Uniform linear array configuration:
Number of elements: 48
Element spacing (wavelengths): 1
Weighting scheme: uniform
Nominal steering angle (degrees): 15
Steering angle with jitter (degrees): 14.091
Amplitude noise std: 0.05
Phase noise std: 0.05

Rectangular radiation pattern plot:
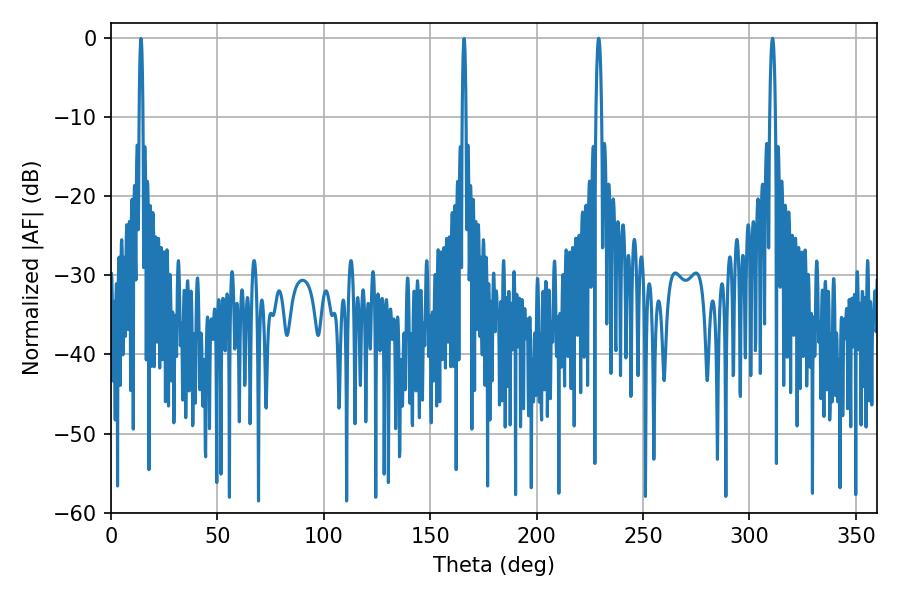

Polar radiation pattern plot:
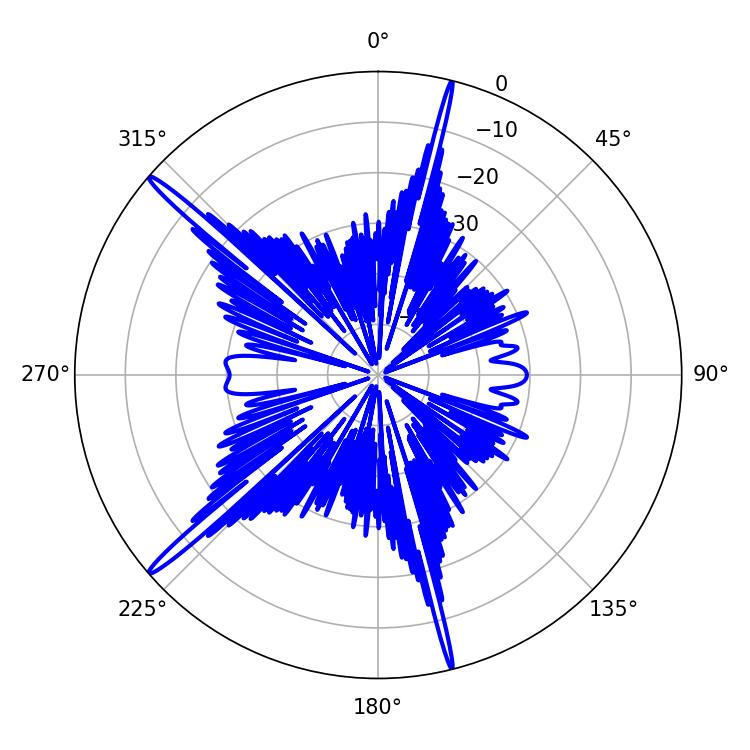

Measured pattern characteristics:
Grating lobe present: TRUE
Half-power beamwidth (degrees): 1.44
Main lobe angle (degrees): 229.14